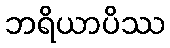
ဘရိယာပိဿ